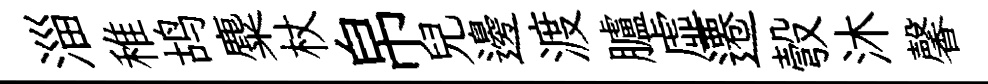
淄稚鸪麋杖帛兒邊渡臚虚遷彀沐馨